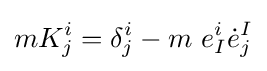
mK_{j}^{i}=\delta _{j}^{i}-m~e_{I}^{i}{\dot {e}}_{j}^{I}